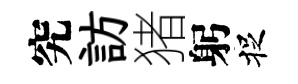
究訪猪躬捉